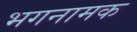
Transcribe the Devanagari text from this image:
भगनामक